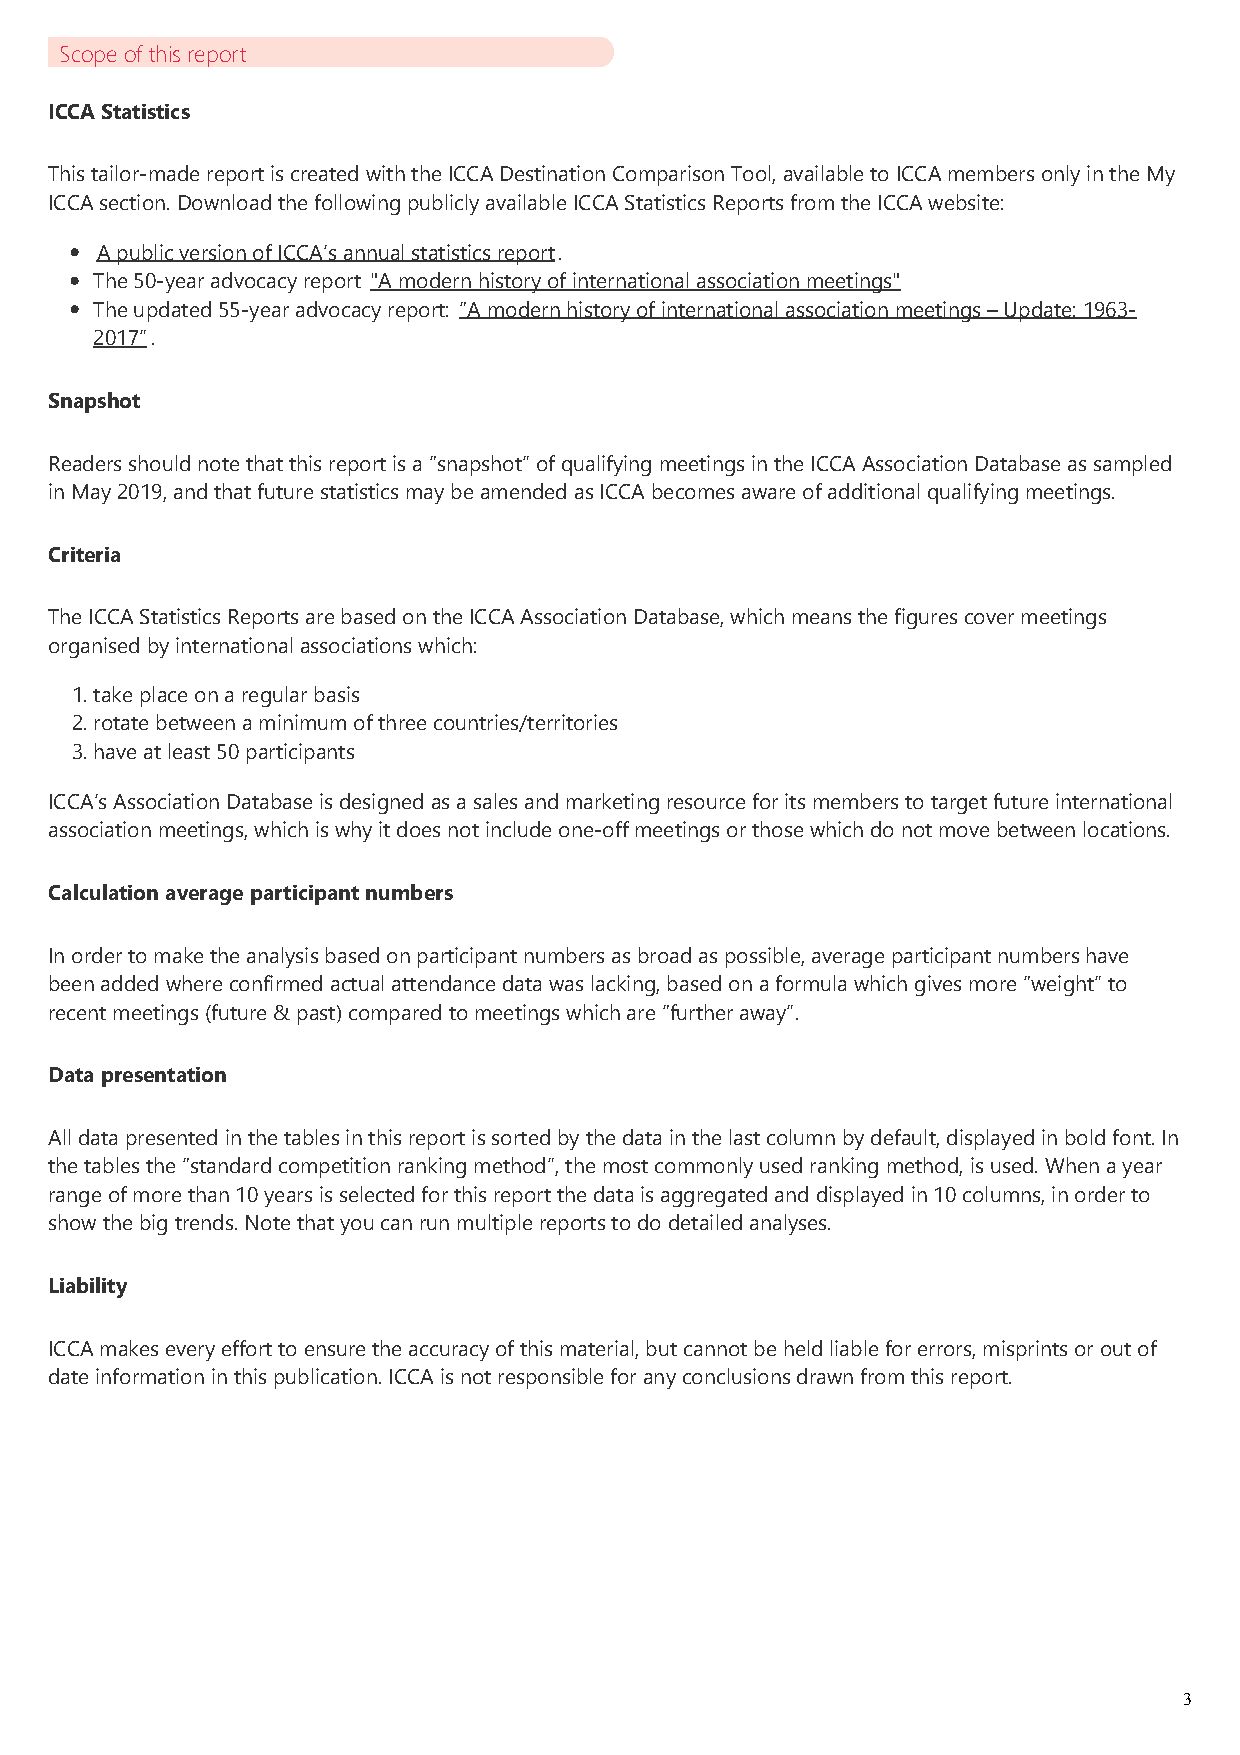
Scope of this report
 ICCA Statistics
 This tailor‐made report is created with the ICCA Destination Comparison Tool, available to ICCA members only in the My
 ICCA section. Download the following publicly available ICCA Statistics Reports from the ICCA website:
 A public version of ICCA’s annual statistics report.
 The 50‐year advocacy report "A modern history of international association meetings"
 The updated 55‐year advocacy report: “A modern history of international association meetings – Update: 1963‐
 2017”.
 Snapshot
 Readers should note that this report is a “snapshot” of qualifying meetings in the ICCA Association Database as sampled
 in May 2019, and that future statistics may be amended as ICCA becomes aware of additional qualifying meetings.
 Criteria
 The ICCA Statistics Reports are based on the ICCA Association Database, which means the figures cover meetings
 organised by international associations which:
 1. take place on a regular basis
 2. rotate between a minimum of three countries/territories
 3. have at least 50 participants
 ICCA’s Association Database is designed as a sales and marketing resource for its members to target future international
 association meetings, which is why it does not include one‐off meetings or those which do not move between locations.
 Calculation average participant numbers
 In order to make the analysis based on participant numbers as broad as possible, average participant numbers have
 been added where confirmed actual attendance data was lacking, based on a formula which gives more “weight” to
 recent meetings ﴾future & past﴿ compared to meetings which are “further away”.
 Data presentation
 All data presented in the tables in this report is sorted by the data in the last column by default, displayed in bold font. In
 the tables the “standard competition ranking method”, the most commonly used ranking method, is used. When a year
 range of more than 10 years is selected for this report the data is aggregated and displayed in 10 columns, in order to
 show the big trends. Note that you can run multiple reports to do detailed analyses.
 Liability
 ICCA makes every effort to ensure the accuracy of this material, but cannot be held liable for errors, misprints or out of
 date information in this publication. ICCA is not responsible for any conclusions drawn from this report.
 3